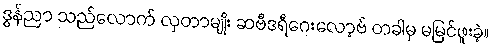
ဒွန်ညာ သည်လောက် လှတာမျိုး ဆဗီဒရီဂေးလော့ဗ် တခါမှ မမြင်ဖူးခဲ့။